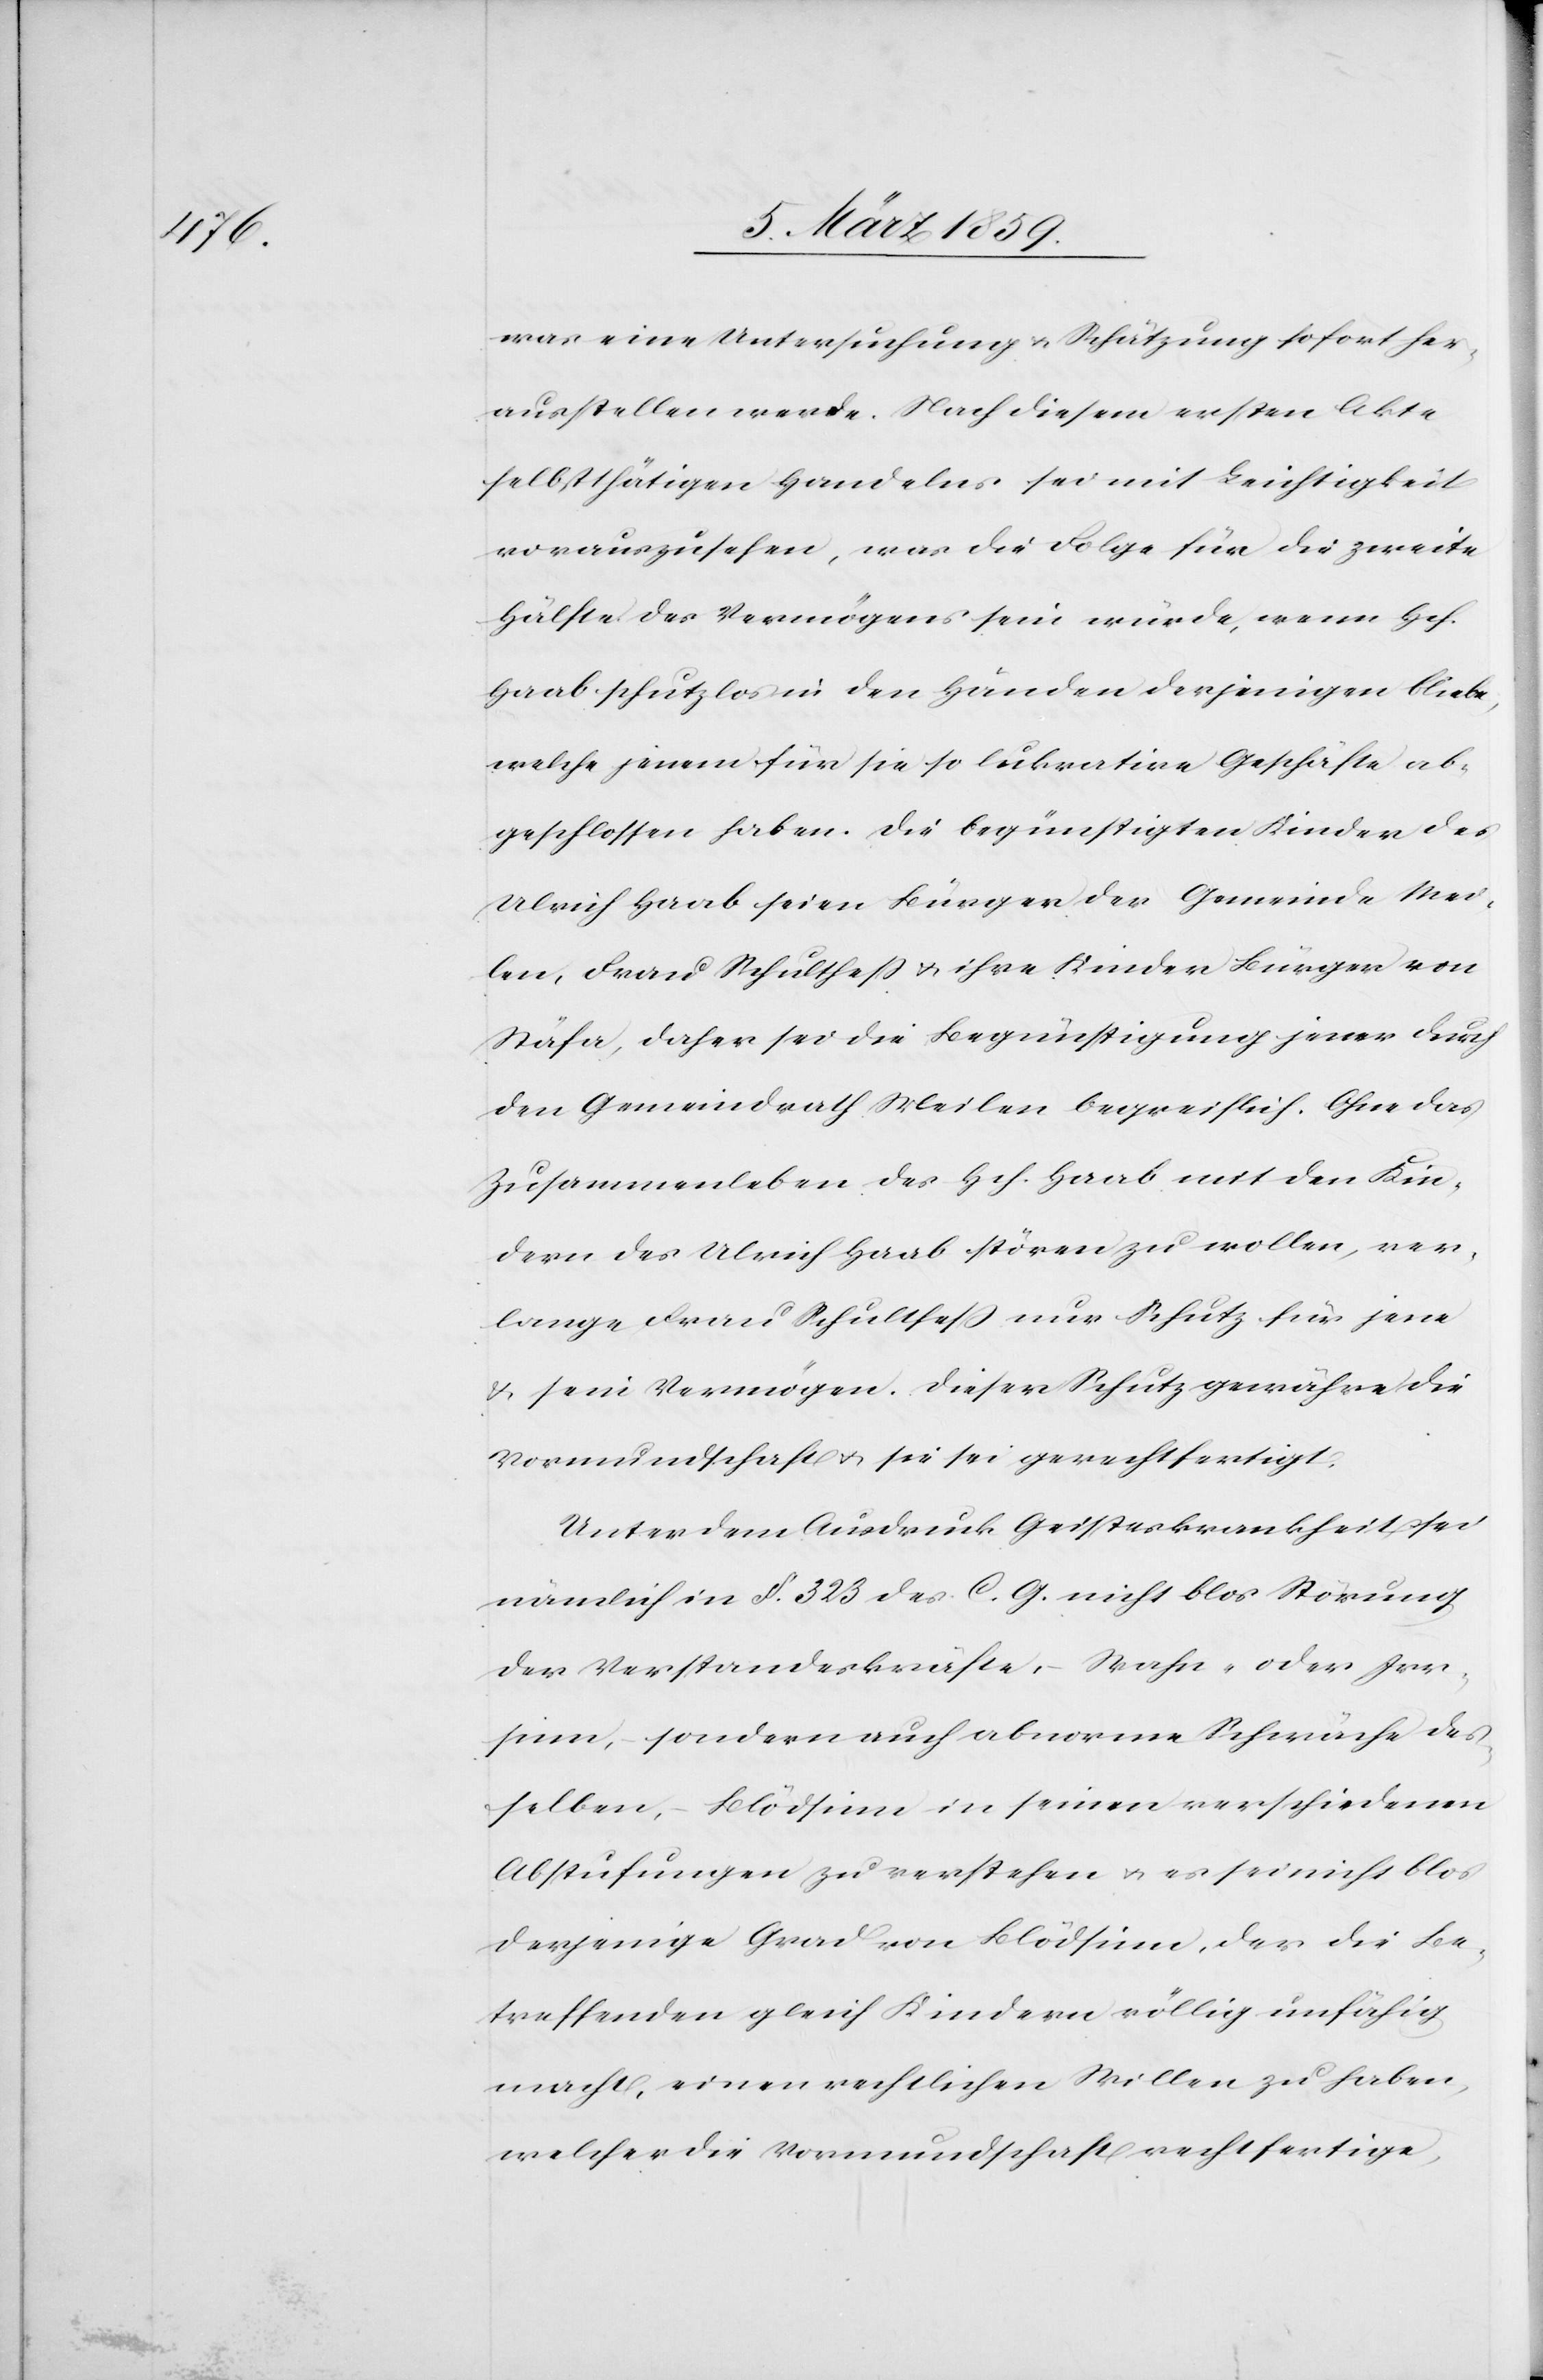
die

was eine Untersuchung u. Schätzung sofort her¬
ausstellen werde. Nach diesem ersten Akte
selbstthätigen Handelns sei mit Leichtigkeit
vorauszusehen, was die Folge für die zweite
Hälfte des Vermögens sein würde, wenn Hch.
Haab schutzlos in den Händen derjenigen bliebe,
welche jenem für sie so lukrative Geschäfte ab¬
geschlossen haben. Die begünstigten Kinder des
Ulrich Haab seien Bürger der Gemeinde Mei¬
len, Frau Schultheß u. ihre Kinder Bürger von
Stäfa, daher sei die Begünstigung jener durch
den Gemeindrath Meilen begreiflich. Ohne das
Zusammenleben des Hch. Haab mit den Kin¬
dern des Ulrich Haab stören zu wollen, ver¬
lange Frau Schultheß nur Schutz für jene
Vormundschaft u. sie sei gerechtfertigt.
Unter dem Ausdruck Geisteskrankheit sei
nämlich in §. 323 des C. G. nicht blos Störung
der Verstandeskräfte, Wahn- oder Irr¬
sinn, sondern auch abnorme Schwäche des¬
selben, Blödsinn in seinen verschiedenen
Abstufungen zu verstehen u. es sei nicht blos
derjenige Grad von Blödsinn, der die Be¬
treffenden gleich Kindern völlig unfähig
macht, einen rechtlichen Willen zu haben,
welcher die Vormundschaft rechtfertige,